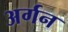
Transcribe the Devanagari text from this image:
अर्गन